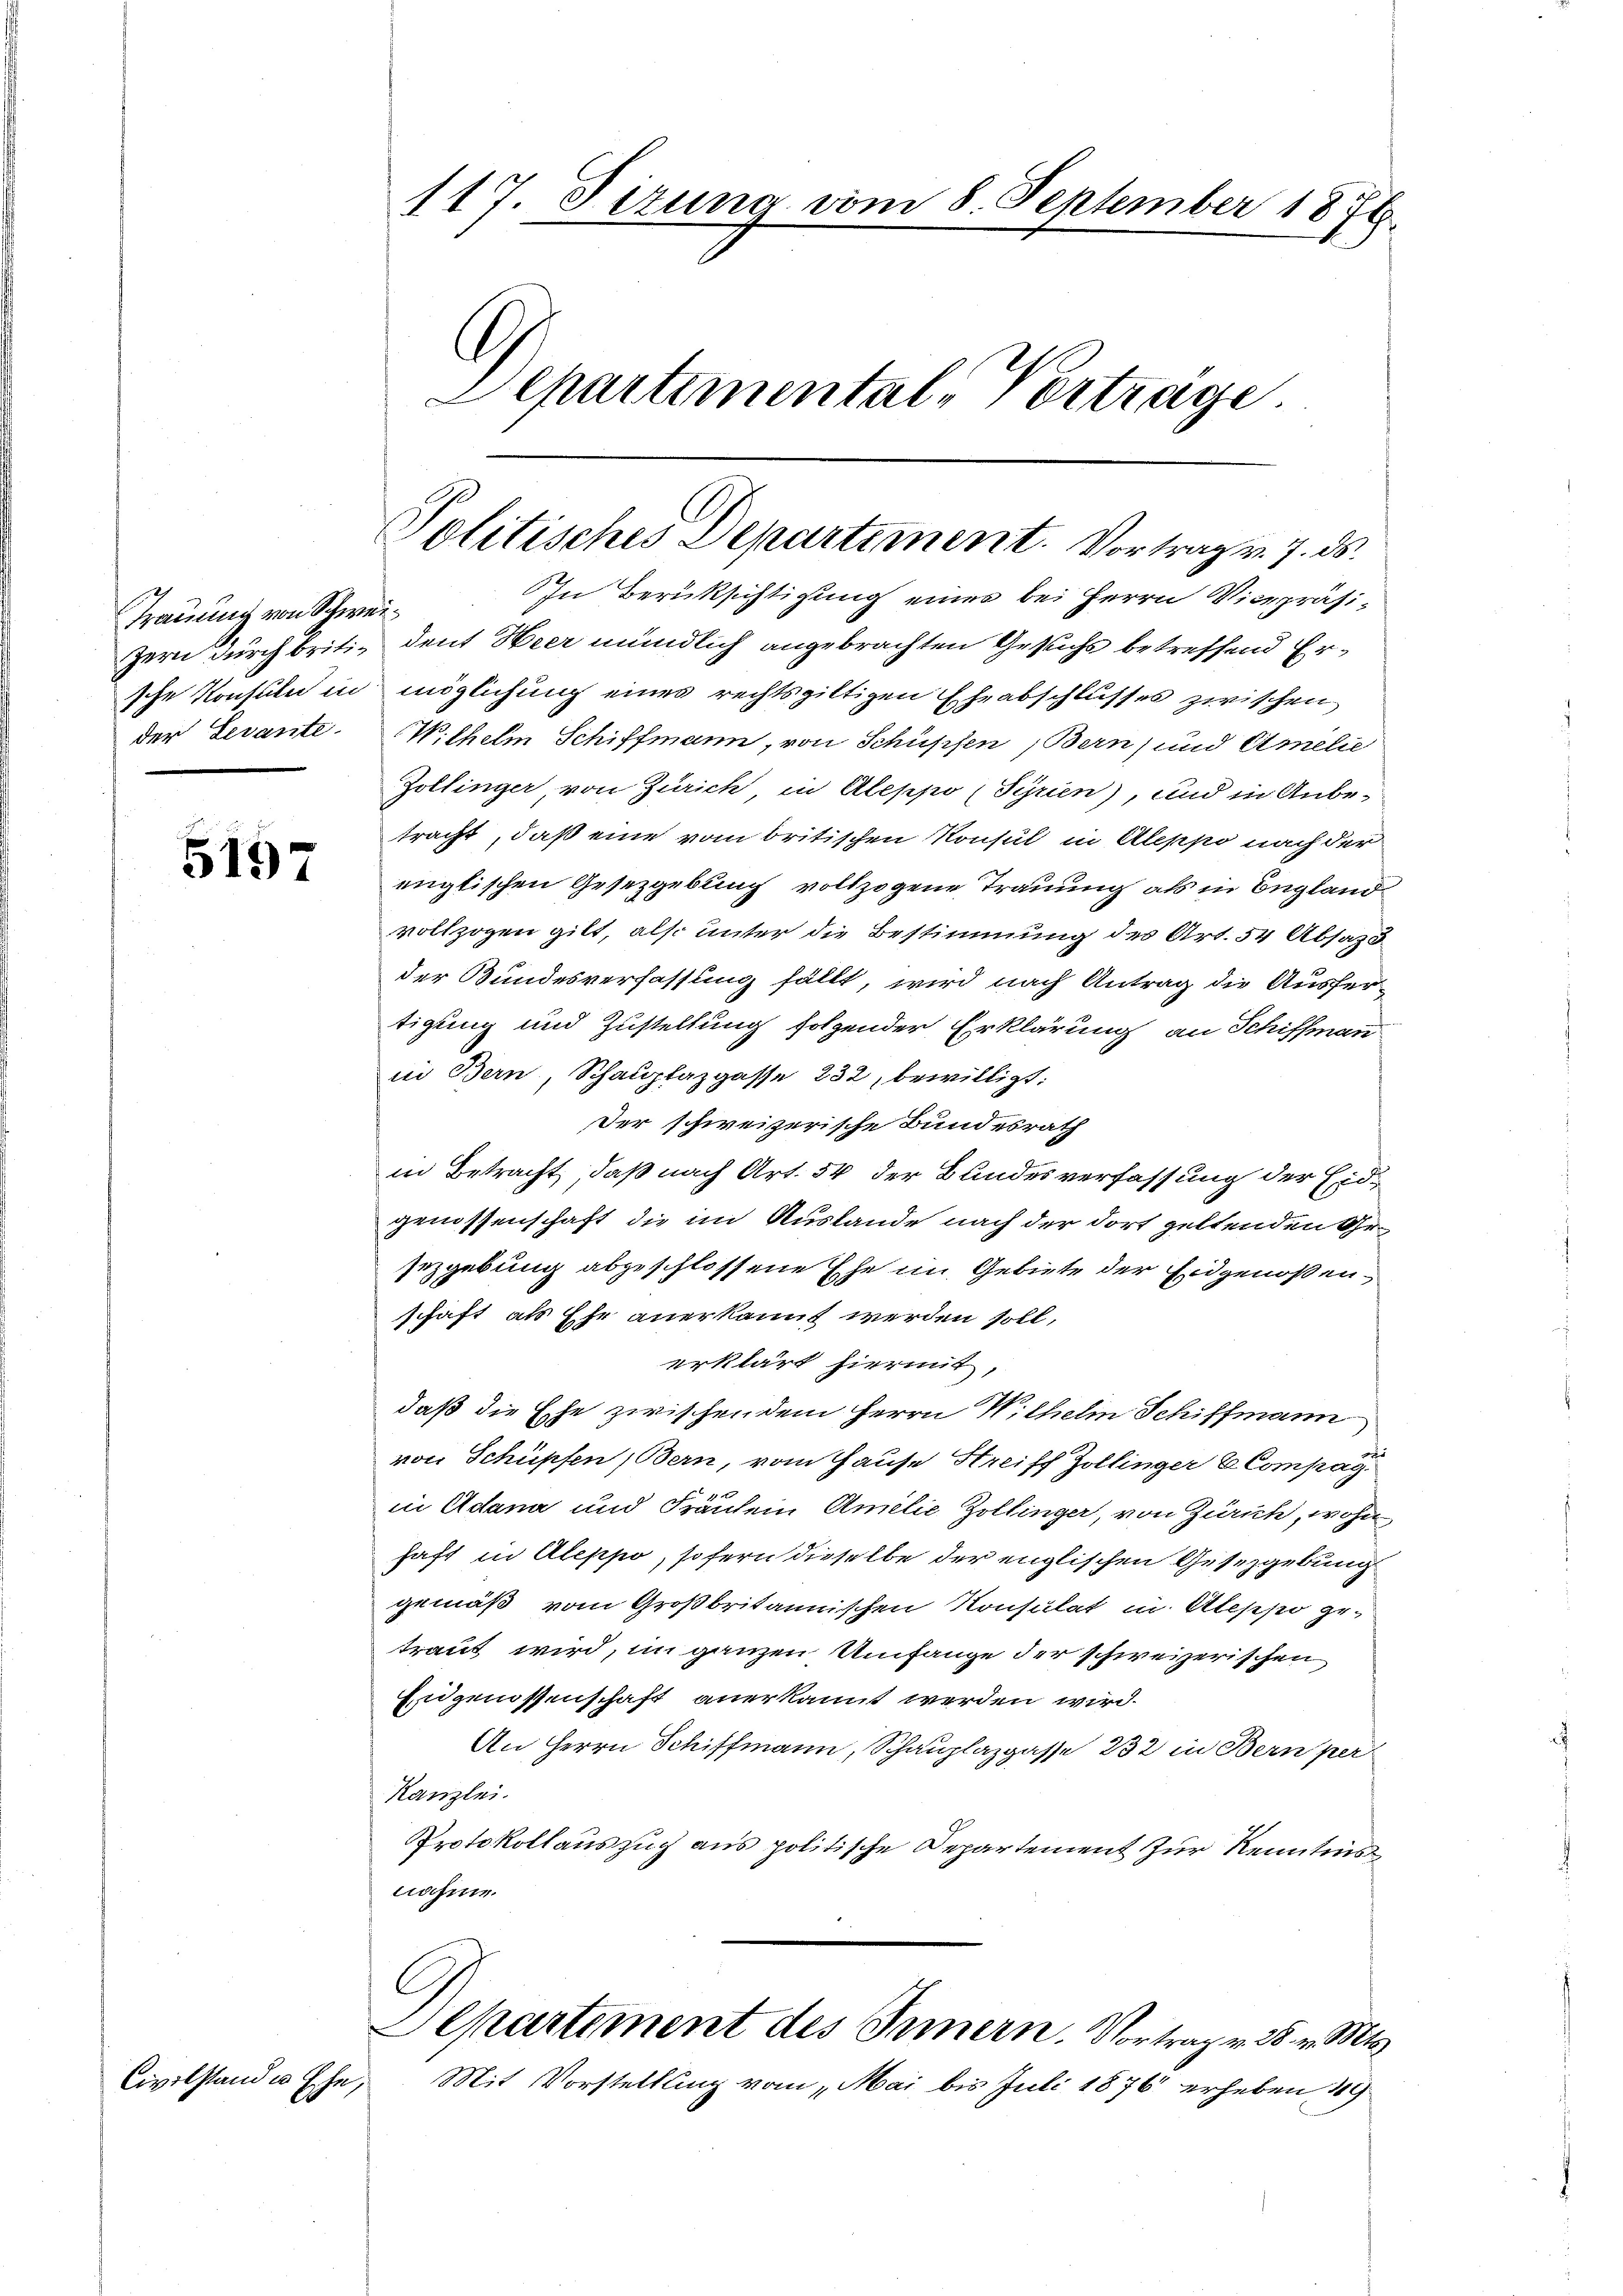
Trauung von Schweizern durch britische Konsuln in
der Levante.

5197

Civilstand u. Ehe,

117. Fizung vom 8. September 1876.
Departemental-Vertrage

Politisches Departiment. Vortrag v. 7. ds.

In Berüksichtigung eines bei Herrn Vicepräsident Heer mündlich angebrachten Gesuchs betreffend Ermöglichung eines rechtsgültigen Eheabschlusses zwischen
Wilhelm Schiffmann, von Schüpfen, Bern, und Amelie
Zollinger von Zürich in Aleppo (Syrien), und in Anbe-
tracht, daß eine vom britischen Konsul in Aleppo nach der
englischen Gesetzgebung vollzogene Trauung als in England
vollzogen gilt, also unter die Bestimmung des Art. 54 Absag
der Bundesverfassung fällt, wird nach Antrag die Ausfertigung und Zustellung folgender Erklärung an Schiffmann
in Bern, Schauptazgasse 232, bewilligt:
Der schweizerische Bundesrath
in Betracht, daß nach Art. 54 der Bundesverfassung der Eidgenossenschaft die im Auslande nach der dort geltenden Gesezgebung abgeschlossene Ehe im Gebiete der Eidgenoßenschaft, als Ehe anerkannt werden soll,
erklärt hierint,
daß die Ehe zwischen dem Herrn Wilhelm Schiffmann
von Schüpfen Bern, vom Hause Streiff Zollinger & Compag
in Adana und Fräulein Amilie Zollinger, von Zürich, wohn
haft in Aleppo, sofern dieselbe der englischen Gesetzgebung
gemäß vom Großbritannischen Konsulat in Allscher getraut wird, im ganzen Umfange der schweizerischen
Eidgenossenschaft anerkannt werden wird.
An Herrn Schiffmann, Schauplazgasse 232 in Bern per
Kanzlei.
Protokollauszug aus politische Departement zur Kenntnis
nahme.
C
Departement des Innern. Vortrag v. 28. v. Mts.
Mit Vorstellung vom Mai bis Juli 1876 erheben 19